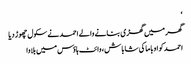
‘
گھر میں گھڑی بنانے والے احمد نے سکول چھوڑ دیا
احمد کو اوباما کی شاباش، وائٹ ہاؤس میں بلاوا